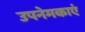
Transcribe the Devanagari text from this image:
उपनेमकाएं